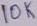
Text: 10K